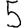
Digit: 5